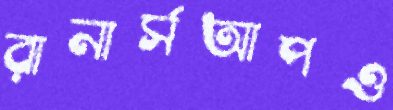
রানার্সআপও